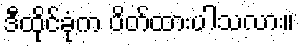
ဒီထိုင်ခုံက ပိတ်ထားပါသလား။